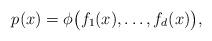
LaTeX: \begin{align*}p(x) = \phi\bigl(f_{1}(x), \ldots, f_d(x)\bigr),\end{align*}